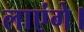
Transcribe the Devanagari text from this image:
लाएंगे।